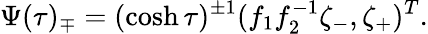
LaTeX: \Psi(\tau)_{\mp}=(\cosh\tau)^{\pm 1}(f_{1}f_{2}^{-1}\zeta_{-},\zeta_{+})^{T}.